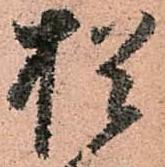
猶